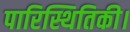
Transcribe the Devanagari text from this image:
पारिस्थितिकी।